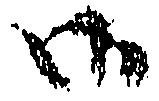
御